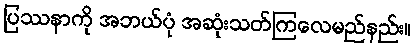
ပြဿနာကို အဘယ်ပုံ အဆုံးသတ်ကြလေမည်နည်း။